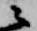
ニ